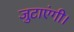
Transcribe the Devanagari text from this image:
जुटाएंगी।